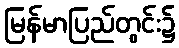
မြန်မာပြည်တွင်း၌